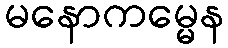
မနောကမ္မေန